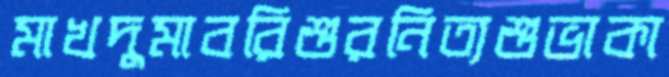
মাখদুমাবরিশুরনিত্যশুভাকা